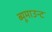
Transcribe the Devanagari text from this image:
ब्यूमाउन्ट